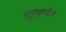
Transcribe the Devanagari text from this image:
गुरुकृपेने